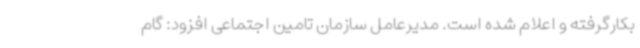
بکارگرفته و اعلام شده است. مدیرعامل سازمان تامین اجتماعی افزود: گام